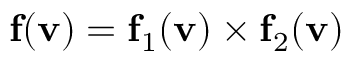
\mathbf { f } ( \mathbf { v } ) = \mathbf { f } _ { 1 } ( \mathbf { v } ) \times \mathbf { f } _ { 2 } ( \mathbf { v } )